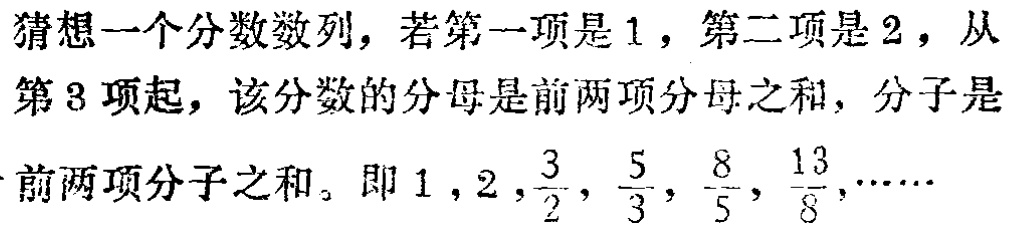
猜想一个分数数列，若第一项是1，第二项是2，从第3项起，该分数的分母是前两项分母之和，分子是前两项分子之和。即$1,2,\frac{3}{2},\frac{5}{3},\frac{8}{5},\frac{13}{8},\cdots\cdots$